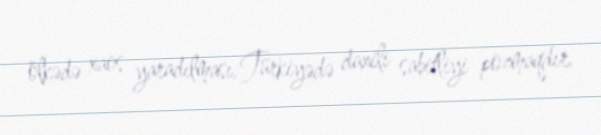
ölkədə xaos yaradılması, Türkiyədə daxili sabitliyi pozmaqdır.